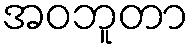
အဝဘူတာ